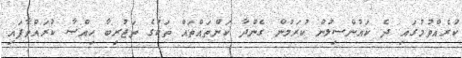
ކުރެއްވުމުގައި ދެ ކައުންސިލުން ކުރަމުން ގެންދާ ކަންތައްތައް ތަކުގެ ތަޖުރިބާ ޙިއްޞާ ކުރައްވާފައި